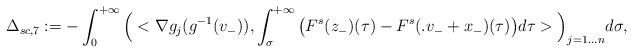
LaTeX: \begin{align*}\Delta_{sc,7}:=-\int_0^{+\infty}\Big(<\nabla g_j(g^{-1}(v_-)),\int_\sigma^{+\infty}\big(F^s(z_-)(\tau)-F^s(.v_-+x_-)(\tau)\big)d\tau>\Big)_{j=1\ldots n}d\sigma,\end{align*}